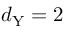
d _ { \mathrm { Y } } = 2